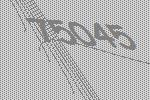
75045